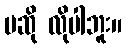
မဆို လိုပါဘူး။